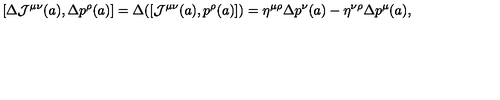
[ \Delta { \cal J } ^ { \mu \nu } ( a ) , \Delta p ^ { \rho } ( a ) ] = \Delta ( [ { \cal J } ^ { \mu \nu } ( a ) , p ^ { \rho } ( a ) ] ) = \eta ^ { \mu \rho } \Delta p ^ { \nu } ( a ) - \eta ^ { \nu \rho } \Delta p ^ { \mu } ( a ) ,